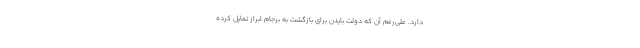
دارد. علی‌رغم آن که دولت بایدن برای بازگشت به برجام ابراز تمایل کرده